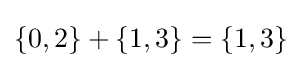
\left\{0,2\right\}+\left\{1,3\right\}=\left\{1,3\right\}